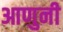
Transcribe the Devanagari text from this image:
आणुनी